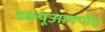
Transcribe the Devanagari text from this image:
डब्ल्यूआयपीए